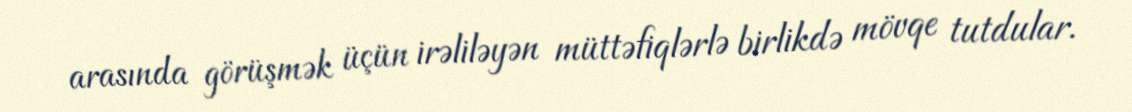
arasında görüşmək üçün irəliləyən müttəfiqlərlə birlikdə mövqe tutdular.